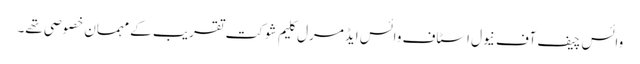
وائس چیف آف نیول اسٹاف وائس ایڈمرل کلیم شوکت تقریب کے مہمان خصوصی تھے۔